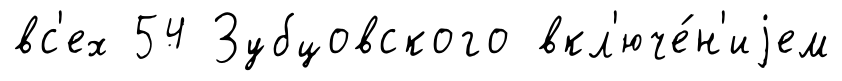
вс'ех 54 Зубцовского вкл'юче́н'иjем